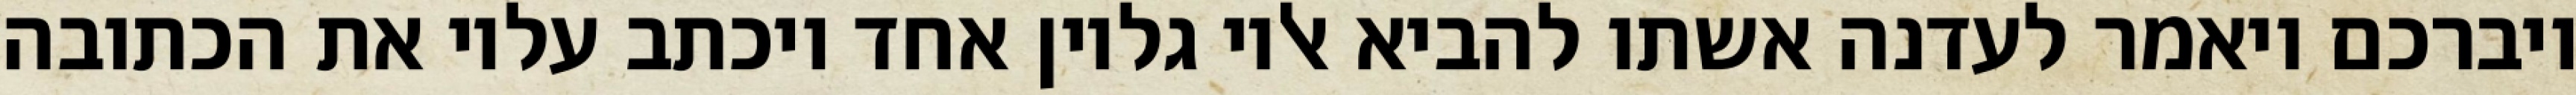
ויברכם ויאמר לעדנה אשתו להביא אליו גליון אחד ויכתב עליו את הכתובה